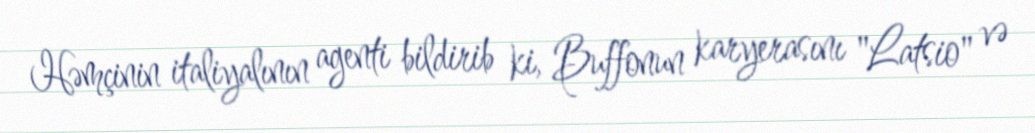
Həmçinin italiyalının agenti bildirib ki, Buffonun karyerasını "Latsio" və